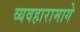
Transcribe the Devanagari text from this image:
व्यवहारामागे